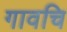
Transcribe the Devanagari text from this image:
गावचि